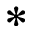
*